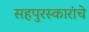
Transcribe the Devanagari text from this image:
सहपुरस्कारांचे